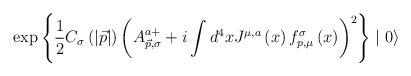
LaTeX: \begin{align*}\exp \left\{ \frac 12C_\sigma \left(\left| \vec{p}\right| \right)\left(A_{ \vec{p},\sigma }^{a+}+i\int d^4xJ^{\mu,a}\left(x\right)f_{p,\mu }^\sigma \left(x\right) \right) ^2\right\} \mid 0\rangle\ \end{align*}